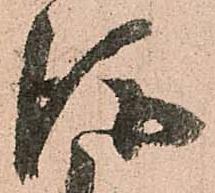
後